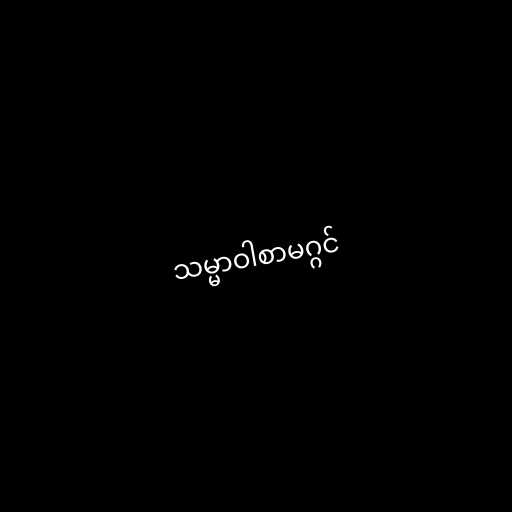
သမ္မာဝါစာမဂ္ဂင်